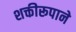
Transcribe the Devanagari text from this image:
शक्तीरूपाने